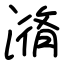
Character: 潃